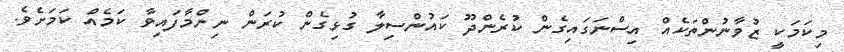
މިކަމަކީ ޒުވާނުންތަކެއް އިސްނަގައިގެން ކުރެންދޫ ކައުންސިލާ ގުޅިގެން ކުރަން ނިންމާފައިވާ ކަމެއް ކަމަށެވެ.